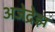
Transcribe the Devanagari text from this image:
अजेद्रेझ